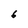
Character: 6